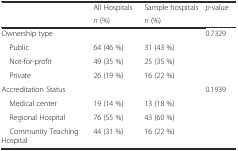
| <ROWSPAN=2>  | All Hospitals | Sample hospitals | <ROWSPAN=2> p-value |
 | n (%) | n (%) |
 | --- | --- | --- | --- |
 | Ownership type |  |  | 0.7329 |
 | Public | 64 (46 %) | 31 (43 %) |  |
 | Not-for-profit | 49 (35 %) | 25 (35 %) |  |
 | Private | 26 (19 %) | 16 (22 %) |  |
 | Accreditation Status |  |  | 0.1939 |
 | Medical center | 19 (14 %) | 13 (18 %) |  |
 | Regional Hospital | 76 (55 %) | 43 (60 %) |  |
 | Community Teaching Hospital | 44 (31 %) | 16 (22 %) |  |